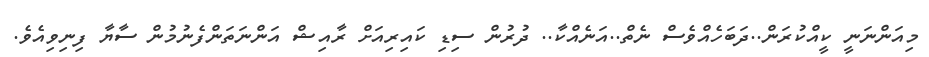
މިއަންނަނީ ކީއްކުރަން..ދަބަހެއްވެސް ނެތް..އަނެއްކާ.. ދުރުން ސިޑި ކައިރިއަށް ރާއިޝް އަންނަތަންފެނުމުން ސާޔާ ފިނިވިއެވެ.